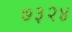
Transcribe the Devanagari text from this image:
७३२४